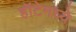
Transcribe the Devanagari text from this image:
हॉटेमध्ये